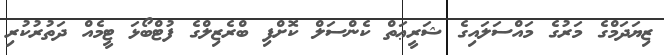
ޒިޔަދަމްގެ މަރުގެ މައްސަލައިގެ ޝަރީޢަތް ކެންސަލް ކޮށްފި ބްރެޒިލްގެ ފުޓްބޯޅަ ޓީމެއް ދަތުރުކުރި